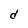
Character: d